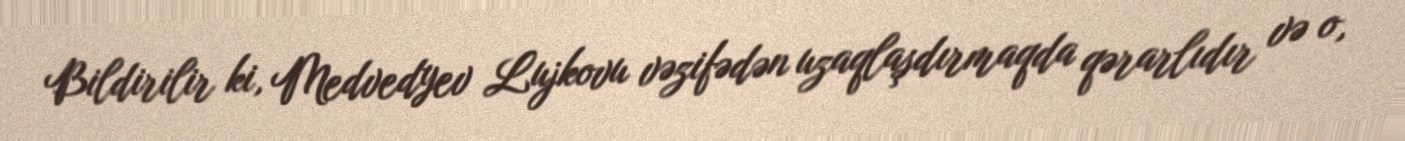
Bildirilir ki, Medvedyev Lujkovu vəzifədən uzaqlaşdırmaqda qərarlıdır və o,